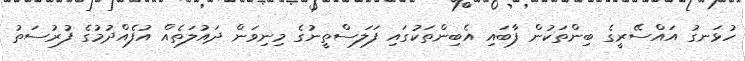
ހުޅަނގު އައްސޭރީގެ ބިންތަކުން ފާބައި އެބިންތަކުގައި ފަލަސްތީނުގެ މިނިވަން ދައުލަތެއް އުފެއްދުމުގެ ފުރުސަތު